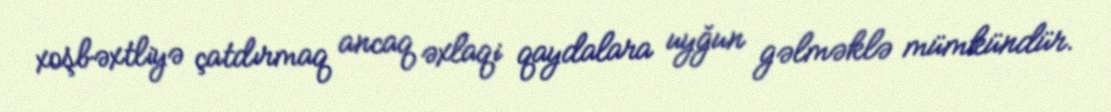
xoşbəxtliyə çatdırmaq ancaq əxlaqi qaydalara uyğun gəlməklə mümkündür.